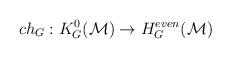
LaTeX: \begin{align*}ch_{G} : K^{0}_{G}({\cal M}) \to H^{even}_{G}({\cal M})\end{align*}